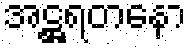
အဋ္ဌရတနော